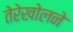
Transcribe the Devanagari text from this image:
तेरेखोलने